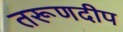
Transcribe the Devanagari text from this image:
तरूणदीप